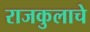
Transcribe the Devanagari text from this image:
राजकुलाचे